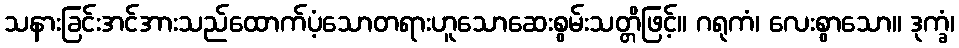
သနားခြင်းအင်အားသည်ထောက်ပံ့သောတရားဟူသောဆေးစွမ်းသတ္တိဖြင့်။ ဂရုကံ၊ လေးစွာသော။ ဒုက္ခံ၊